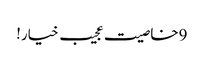
9خاصیت عجیب خیار!